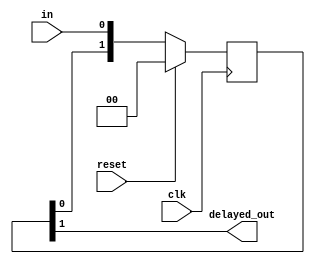
module unitDelay    (
output delayed_out     ,  // Output of the delay (1 clock cycle delayed)
input in  ,  // intput to look for edges on
input clk     ,  // clock Input
input reset      // reset Input
);

reg [1:0] state;

//-------------Code Starts Here-------
always @(posedge clk)
begin
	if (reset) begin
	  state <= 2'b00;
	end else begin
	  state[1:0] <= {state[0], in};
	end
end
	
assign delayed_out = state[1]; //output is 1 loop delayed


endmodule